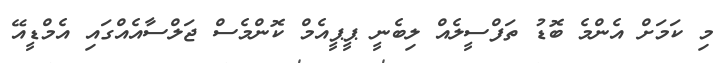
މި ކަމަށް އެންމެ ބޮޑު ތަފްސީލެއް ލިބެނީ ޕީޕީއެމް ކޮންމެސް ޖަލްސާއެއްގައި އެމްޑީއޭ